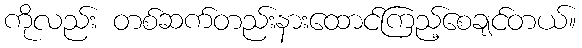
ကိုလည်း တစ်ဆက်တည်းနားထောင်ကြည့်စေချင်တယ်။